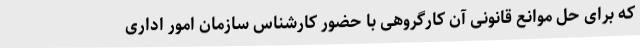
که برای حل موانع قانونی آن کارگروهی با حضور کارشناس سازمان امور اداری